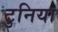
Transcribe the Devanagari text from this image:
टुनिया